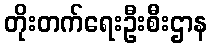
တိုးတက်ရေးဦးစီးဌာန